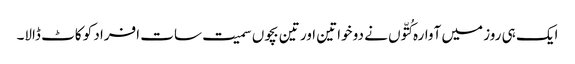
ایک ہی روز میں آوارہ کُتّوں نے دو خواتین اور تین بچوں سمیت سات افراد کو کاٹ ڈالا۔